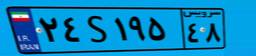
۲۴S۱۹۵۴۸